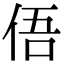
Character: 俉